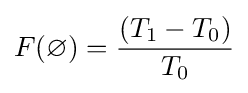
F(\varnothing )={\frac {(T_{1}-T_{0})}{T_{0}}}